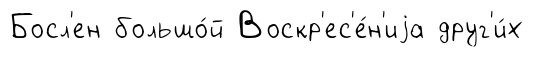
Босл'ен большо́й Воскр'ес'е́н'иjа друг'и́х